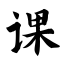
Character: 课